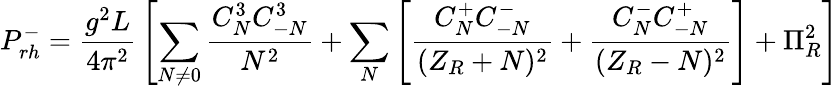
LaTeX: P_{rh}^{-}={\frac{g^{2}L}{4\pi^{2}}}\left[\sum_{N\neq 0}{\frac{C_{N}^{3}C_{-N}^{3}}{N^{2}}}+\sum_{N}\left[{\frac{C_{N}^{+}C_{-N}^{-}}{(Z_{R}+N)^{2}}}+{\frac{C_{N}^{-}C_{-N}^{+}}{(Z_{R}-N)^{2}}}\right]+\Pi_{R}^{2}\right]